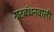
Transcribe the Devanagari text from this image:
गटबंधनवाली